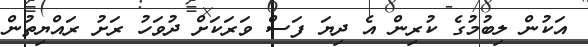
އަކުން ލިބުމުގެ ކުރިން އެ ދިޔަ ފަސް ވަރަކަށް ދުވަހު ރަށު ރައްޔިތުން